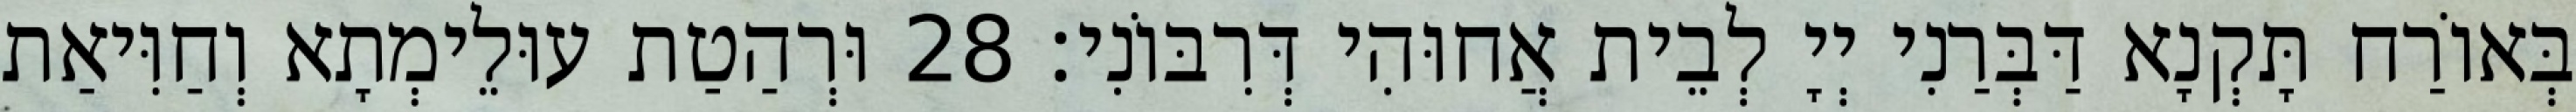
בְּאוֹרַח תָּקְנָא דַּבְּרַנִי יְיָ לְבֵית אֲחוּהִי דְּרִבּוֹנִי׃ 28 וּרְהַטַת עוּלֵימְתָא וְחַוִּיאַת